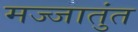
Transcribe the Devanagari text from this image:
मज्जातुंत